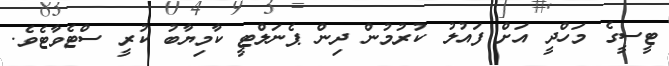
ޓީސީގެ މަހްދީ އަށް ފައުލު ކުރުމުން ދިން ޕެނަލްޓީ ކާމިޔާބު ކުރީ ސްޓެވާޓެވެ.